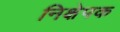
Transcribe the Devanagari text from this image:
निक्षेपक